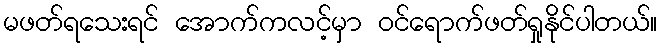
မဖတ်ရသေးရင် အောက်ကလင့်မှာ ဝင်ရောက်ဖတ်ရှုနိုင်ပါတယ်။